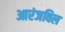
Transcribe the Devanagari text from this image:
आरंजविल